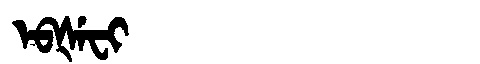
Manchu: ᡝᠪᡧᡝᠸᡳ
Romanization: EBŠEFI